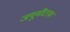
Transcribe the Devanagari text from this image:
जयूमीटरक